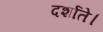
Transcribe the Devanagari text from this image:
दर्शाते।